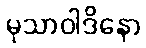
မုသာဝါဒိနော